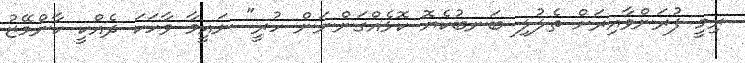
ރިމީ ފުރަންވާއިރަށް ތެލުލި ބަނބުކެޔޮ ކޮޅެއްގަންނަން ހުރީ" ނައީމާ ވާހަކަ ދެއްކީ ކާންމޭޒު